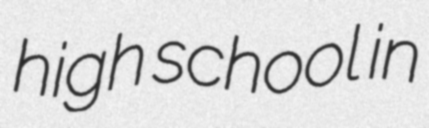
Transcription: high school in